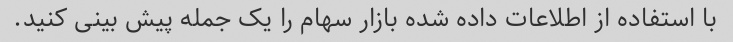
با استفاده از اطلاعات داده شده بازار سهام را یک جمله پیش بینی کنید.